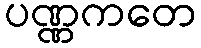
ပဏ္ဏကတေ